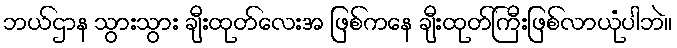
ဘယ်ဌာန သွားသွား ချီးထုတ်လေးအ ဖြစ်ကနေ ချီးထုတ်ကြီးဖြစ်လာယုံပါဘဲ။